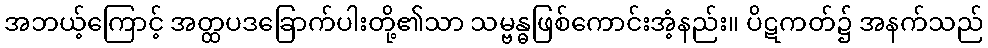
အဘယ့်ကြောင့် အတ္ထပဒခြောက်ပါးတို့၏သာ သမ္ဗန္ဓဖြစ်ကောင်းအံ့နည်း။ ပိဋကတ်၌ အနက်သည်